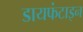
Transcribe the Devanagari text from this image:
डायफंटाइन